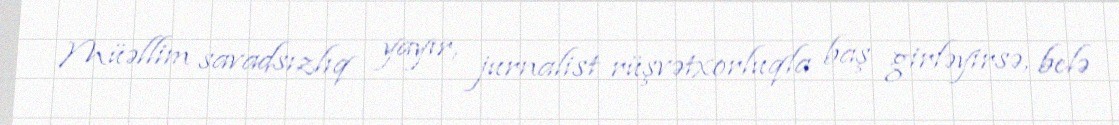
Müəllim savadsızlıq yayır, jurnalist rüşvətxorluqla baş girləyirsə, belə